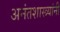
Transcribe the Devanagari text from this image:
अनंतशास्त्र्यांनी